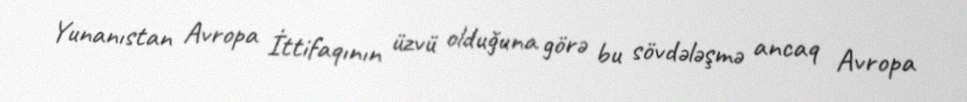
Yunanıstan Avropa İttifaqının üzvü olduğuna görə bu sövdələşmə ancaq Avropa